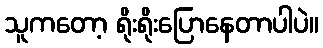
သူကတော့ ရိုးရိုးပြောနေတာပါပဲ။